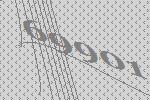
69901